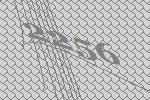
2256